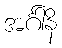
အင်္ဂါနိ